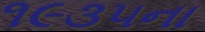
૧૯૩૫ના